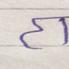
Signature authenticity: forged